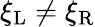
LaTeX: \xi_{\mathrm{{L}}}\neq\xi_{\mathrm{{R}}}